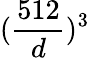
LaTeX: (\frac{512}{d})^{3}